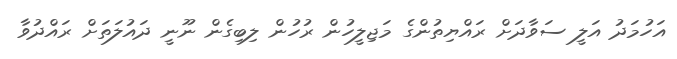
އަހުމަދު އަލީ ސަވާދަށް ރައްޔިތުންގެ މަޖިލީހުން ރުހުން ލިބިގެން ނޫނީ ދައުލަތަށް ރައްދުވާ